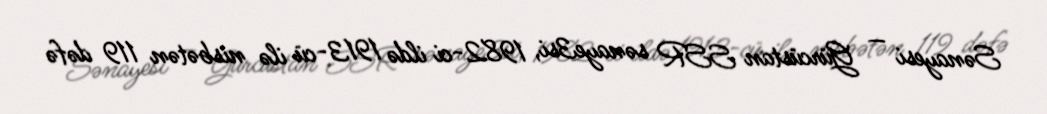
Sənayesi — Gürcüstan SSR sənaye3si, 1982-ci ildə 1913-cü ilə nisbətən 119 dəfə